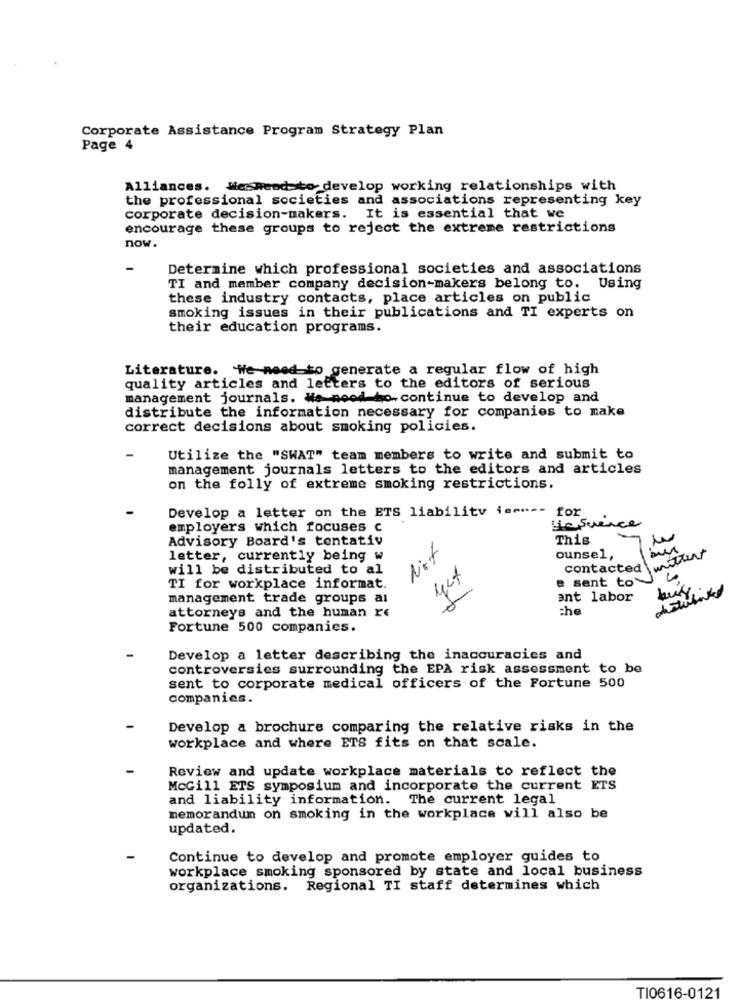
Corporate Assistance Program Strategy Plan
Page 4
Alliances. Wie Reed to develop working relationships with
the professional societies and associations representing key
corporate decision-makers. It is essential that we
encourage these groups to reject the extreme restrictions
now.
-
Determine which professional societies and associations
TI and member company decision-makers belong to.
Using
these industry contacts, place articles on public
smoking issues in their publications and TI experts on
their education programs.
Literature. We need to generate a regular flow of high
quality articles and letters to the editors of serious
management journals. We mood ho-continue to develop and
distribute the information necessary for companies to make
correct decisions about smoking policies.
Utilize the "SWAT" team members to write and submit to
management journals letters to the editors and articles
on the folly of extreme smoking restrictions.
Develop a letter on the ETS liability ise" -- for
Die Suence
employers which focuses c
Advisory Board's tentativ
This
Nit
wittert
letter, currently being w
ounsel,
will be distributed to al
contacted
e sent to
TI for workplace informat.
management trade groups al
ant labor
attorneys and the human re
che
Fortune 500 companies.
Develop a letter describing the inaccuracies and
controversies surrounding the EPA risk assessment to be
sent to corporate medical officers of the Fortune 500
companies.
Develop a brochure comparing the relative risks in the
workplace and where ETS fits on that scale.
Review and update workplace materials to reflect the
McGill ETS symposium and incorporate the current ETS
and liability information. The current legal
memorandum on smoking in the workplace will also be
updated.
Continue to develop and promote employer guides to
workplace smoking sponsored by state and local business
organizations. Regional TI staff determines which
TI0616-0121